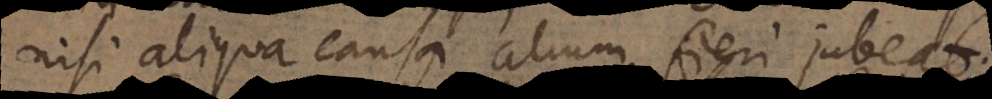
nisi aliqua causa alium fieri jubeat.